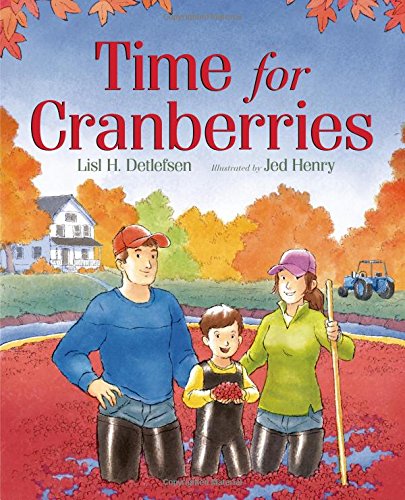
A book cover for Time for Cranberries; Lisl H. Detlefsen; Children's Books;